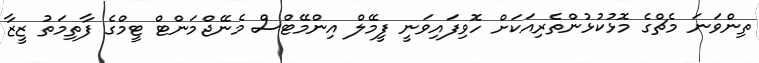
ތިންވަނަ މެޗްގެ މޮޅުކުޅުންތެރިއަކަށް ހޮވިފައިވަނީ ފީމޭލް އިންމޭޓްސް މެނޭޖްމަންޓް ޓީމްގެ ފާތިމަތު ޒީޒާ